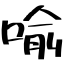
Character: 喩